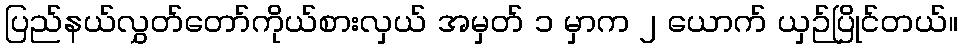
ပြည်နယ်လွှတ်တော်ကိုယ်စားလှယ် အမှတ် ၁ မှာက ၂ ယောက် ယှဉ်ပြိုင်တယ်။